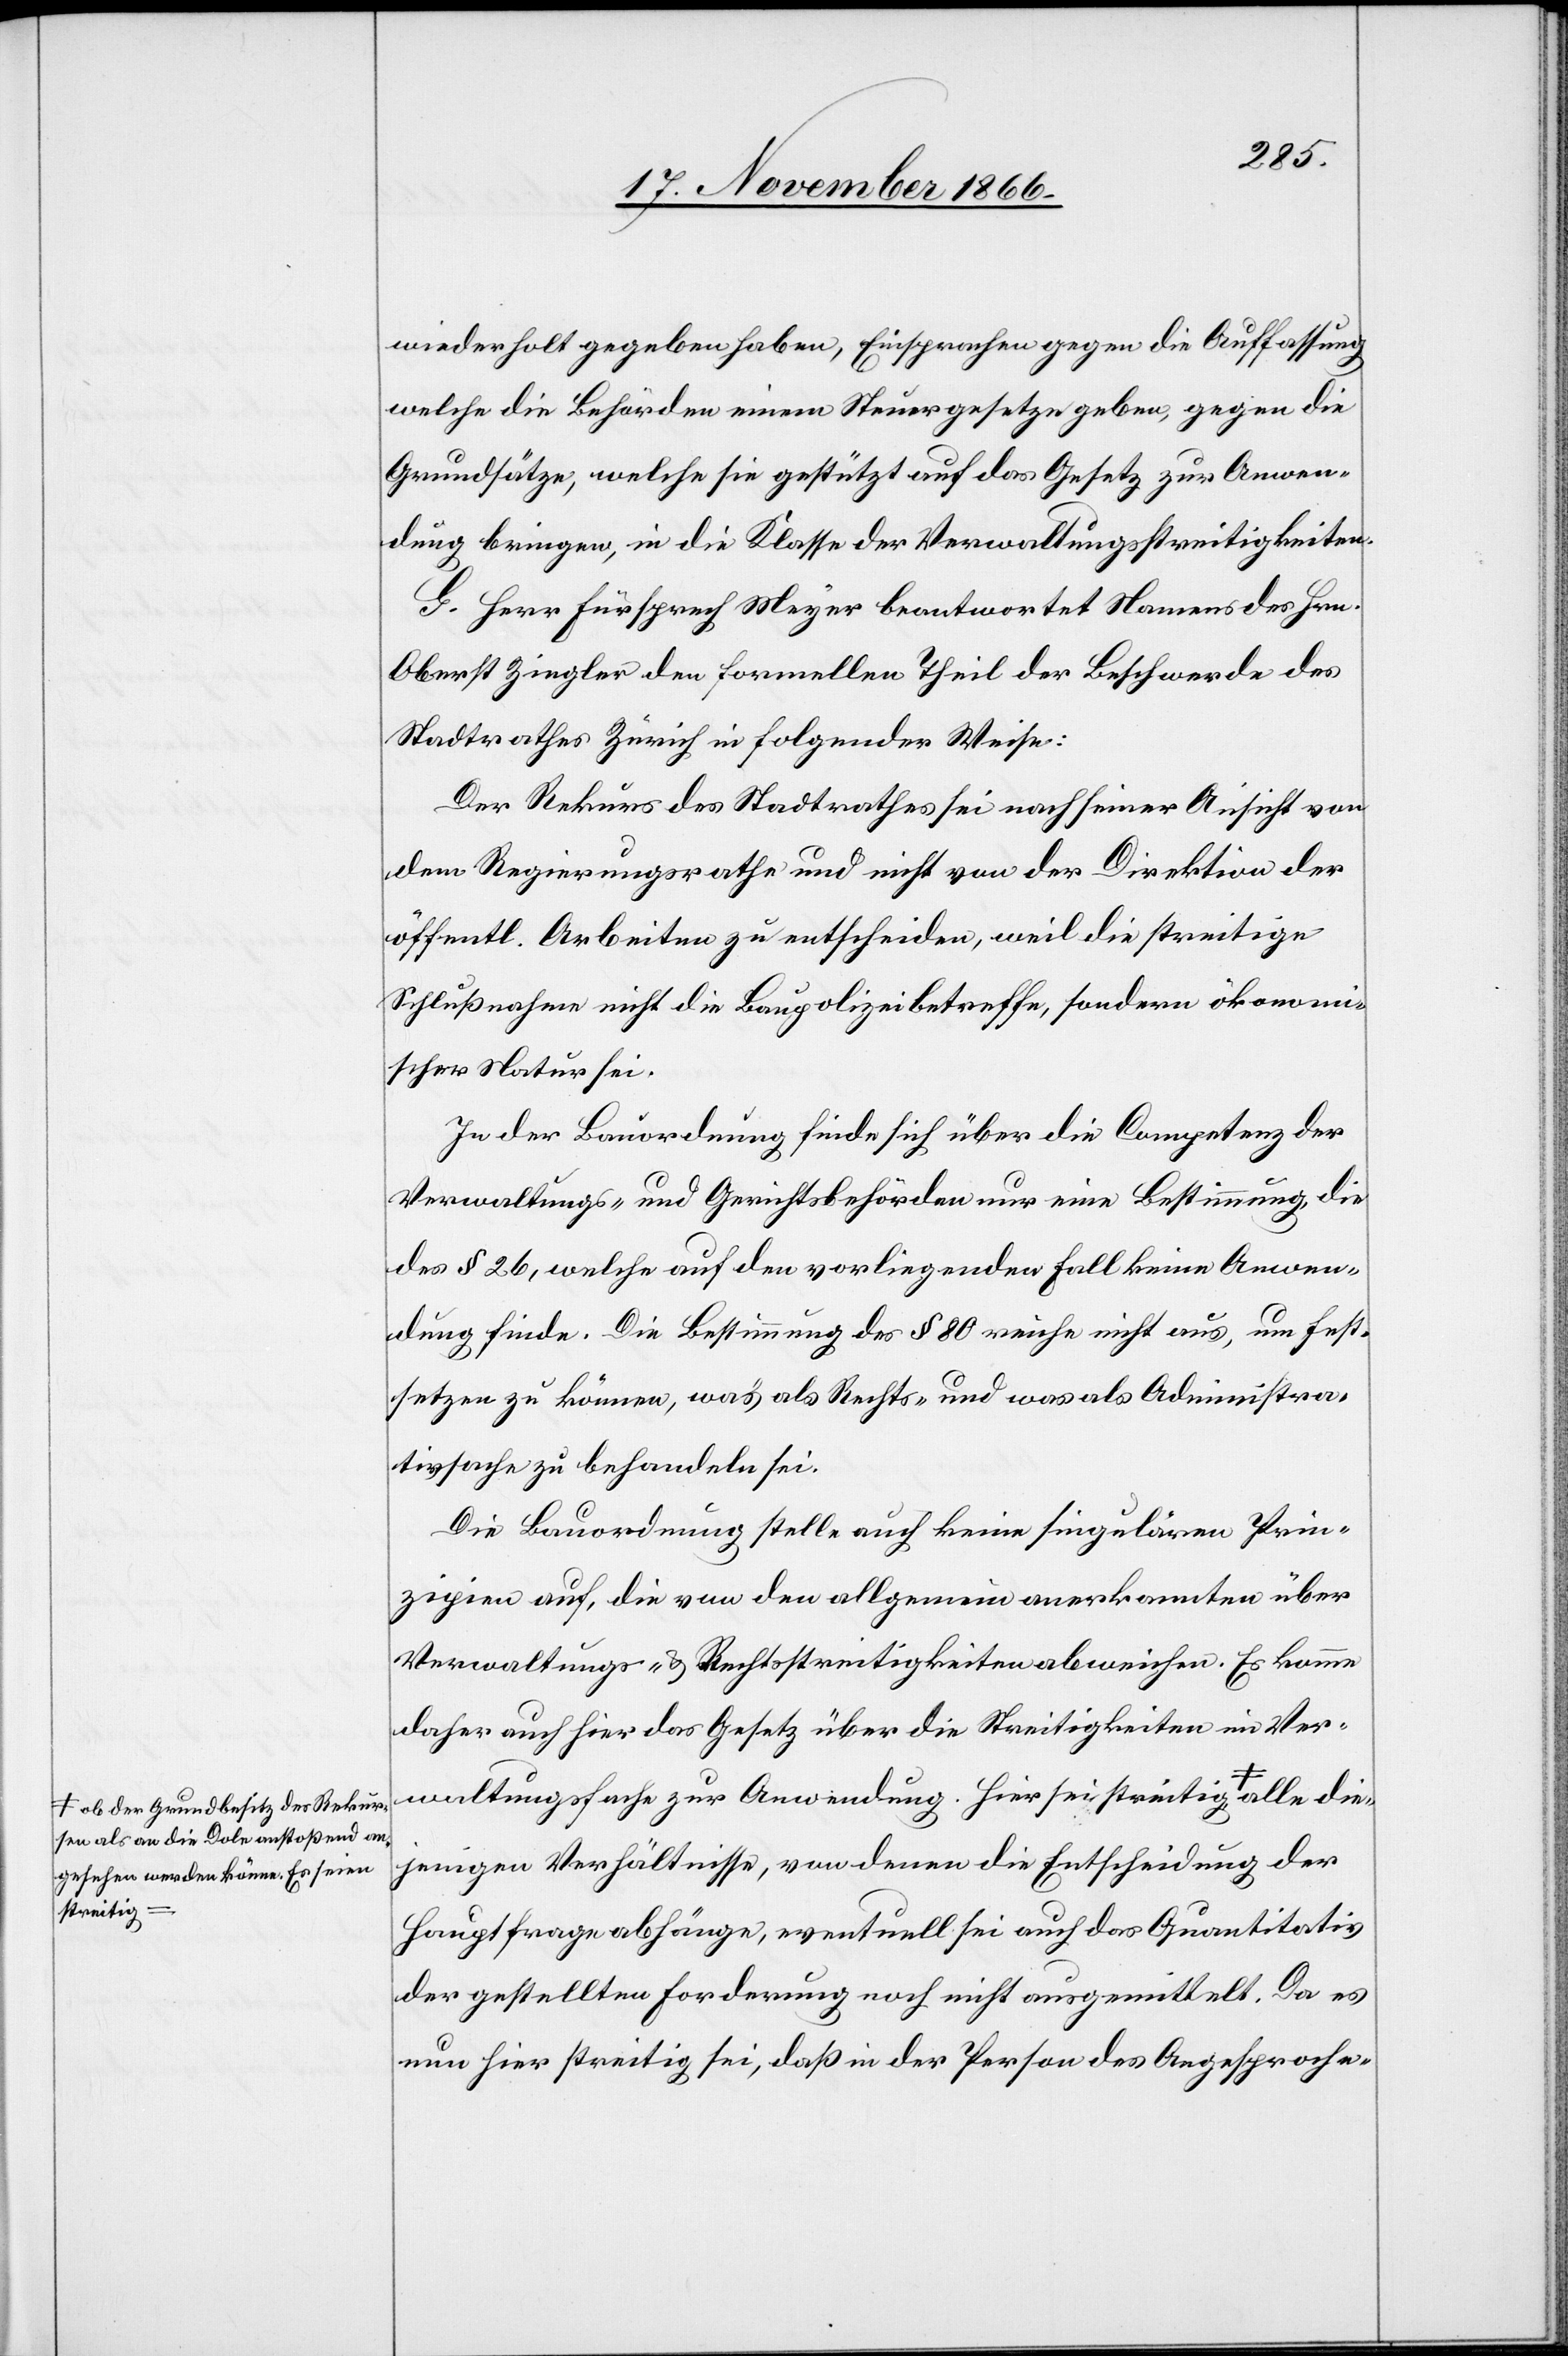
sen als an die Dole anstoßend an¬
gesehen werden könne. Es seien
streitig

die¬
wiederholt gegeben haben, Einsprachen gegen die Auffassung
welche die Behörden einem Steuergesetze geben, gegen die
Grundsätze, welche sie gestützt auf das Gesetz zur Anwen¬
dung bringen, in die Klasse der Verwaltungsstreitigkeiten.
G. Herr Fürsprech Meyer beantwortet Namens des Hrn.
Oberst Ziegler den formellen Theil der Beschwerde des
Stadtrathes Zürich in folgender Weise:
Der Rekurs des Stadtrathes sei nach seiner Ansicht von
dem Regierungsrathe und nicht von der Direktion der
öffentl. Arbeiten zu entscheiden, weil die streitige
Schlußnahme nicht die Baupolizei betreffe, sondern ökonomi¬
scher Natur sei.
In der Bauordnung finde sich über die Competenz der
Verwaltungs- und Gerichtsbehörden nur eine Bestimmung, die
des § 26, welche auf den vorliegenden Fall keine Anwen¬
dung finde. Die Bestimmung des § 80 reiche nicht aus, um fest¬
setzen zu können, was als Rechts- und was als Administra¬
tivsache zu behandeln sei.
Die Bauordnung stelle auch keine singulären Prin¬
zipien auf, die von den allgemein anerkannten über
Verwaltungs- & Rechtsstreitigkeiten abweichen. Es komme
daher auch hier das Gesetz über die Streitigkeiten im Ver¬
waltungsfache zur Anwendung. Hier sei streitig ob der
jenigen Verhältnisse, von denen die Entscheidung der
Hauptfrage abhänge, eventuell sei auch das Quantitativ
der gestellten Forderung noch nicht ausgemittelt. Da es
nun hier streitig sei, daß in der Person des Angesproche-